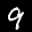
Label: 9